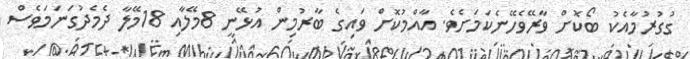
ގުގުރުމާއެކު ބޯކޮށް ވާރޭވެހޭނެކަމަށެވެ. އާއްމުކޮށް ވައިގެ ބާރުމިން އުޅޭނީ 8މޭލާއި 18މޭލާ ދެމެދުގަނަމަވެސް